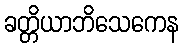
ခတ္တိယာဘိသေကေန